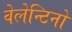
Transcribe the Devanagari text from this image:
वेलेन्टिनो